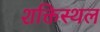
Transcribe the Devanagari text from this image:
शक्तिस्थल